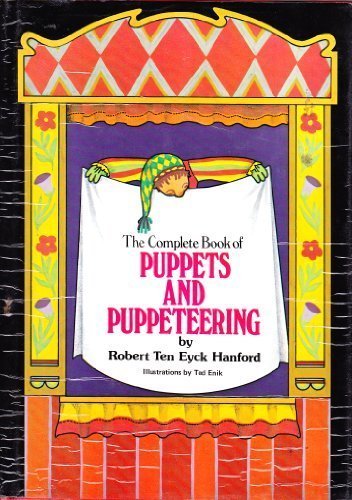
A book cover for The Complete Book of Puppets and Puppeteering; Robert Ten Eyck Hanford; Crafts, Hobbies & Home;